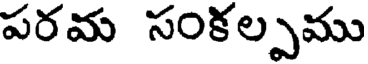
పరమ సంకల్పము